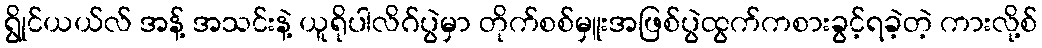
ရွိုင်ယယ်လ် အန့် အသင်းနဲ့ ယူရိုပါလိဂ်ပွဲမှာ တိုက်စစ်မှူးအဖြစ်ပွဲထွက်ကစားခွင့်ရခဲ့တဲ့ ကားလို့စ်